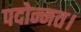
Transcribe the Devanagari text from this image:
पदोन्नत।